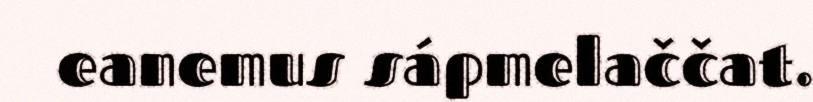
eanemus sápmelaččat.